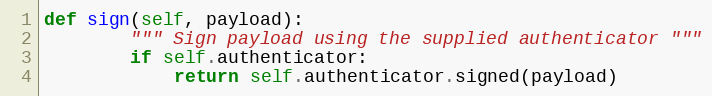
Language: Python
def sign(self, payload):
        """ Sign payload using the supplied authenticator """
        if self.authenticator:
            return self.authenticator.signed(payload)